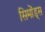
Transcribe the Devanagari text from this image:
सिमोंड्स